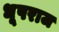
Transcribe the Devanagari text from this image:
धूपराज